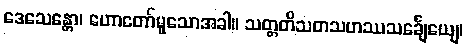
ဒေသေန္တော၊ ဟောတော်မူသောအခါ။ သတ္တတိသတသဟဿသင်္ချေယျေ၊